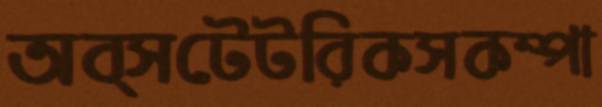
অব্সটেটরিকসকম্পা